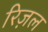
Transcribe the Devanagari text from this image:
रिज़ल